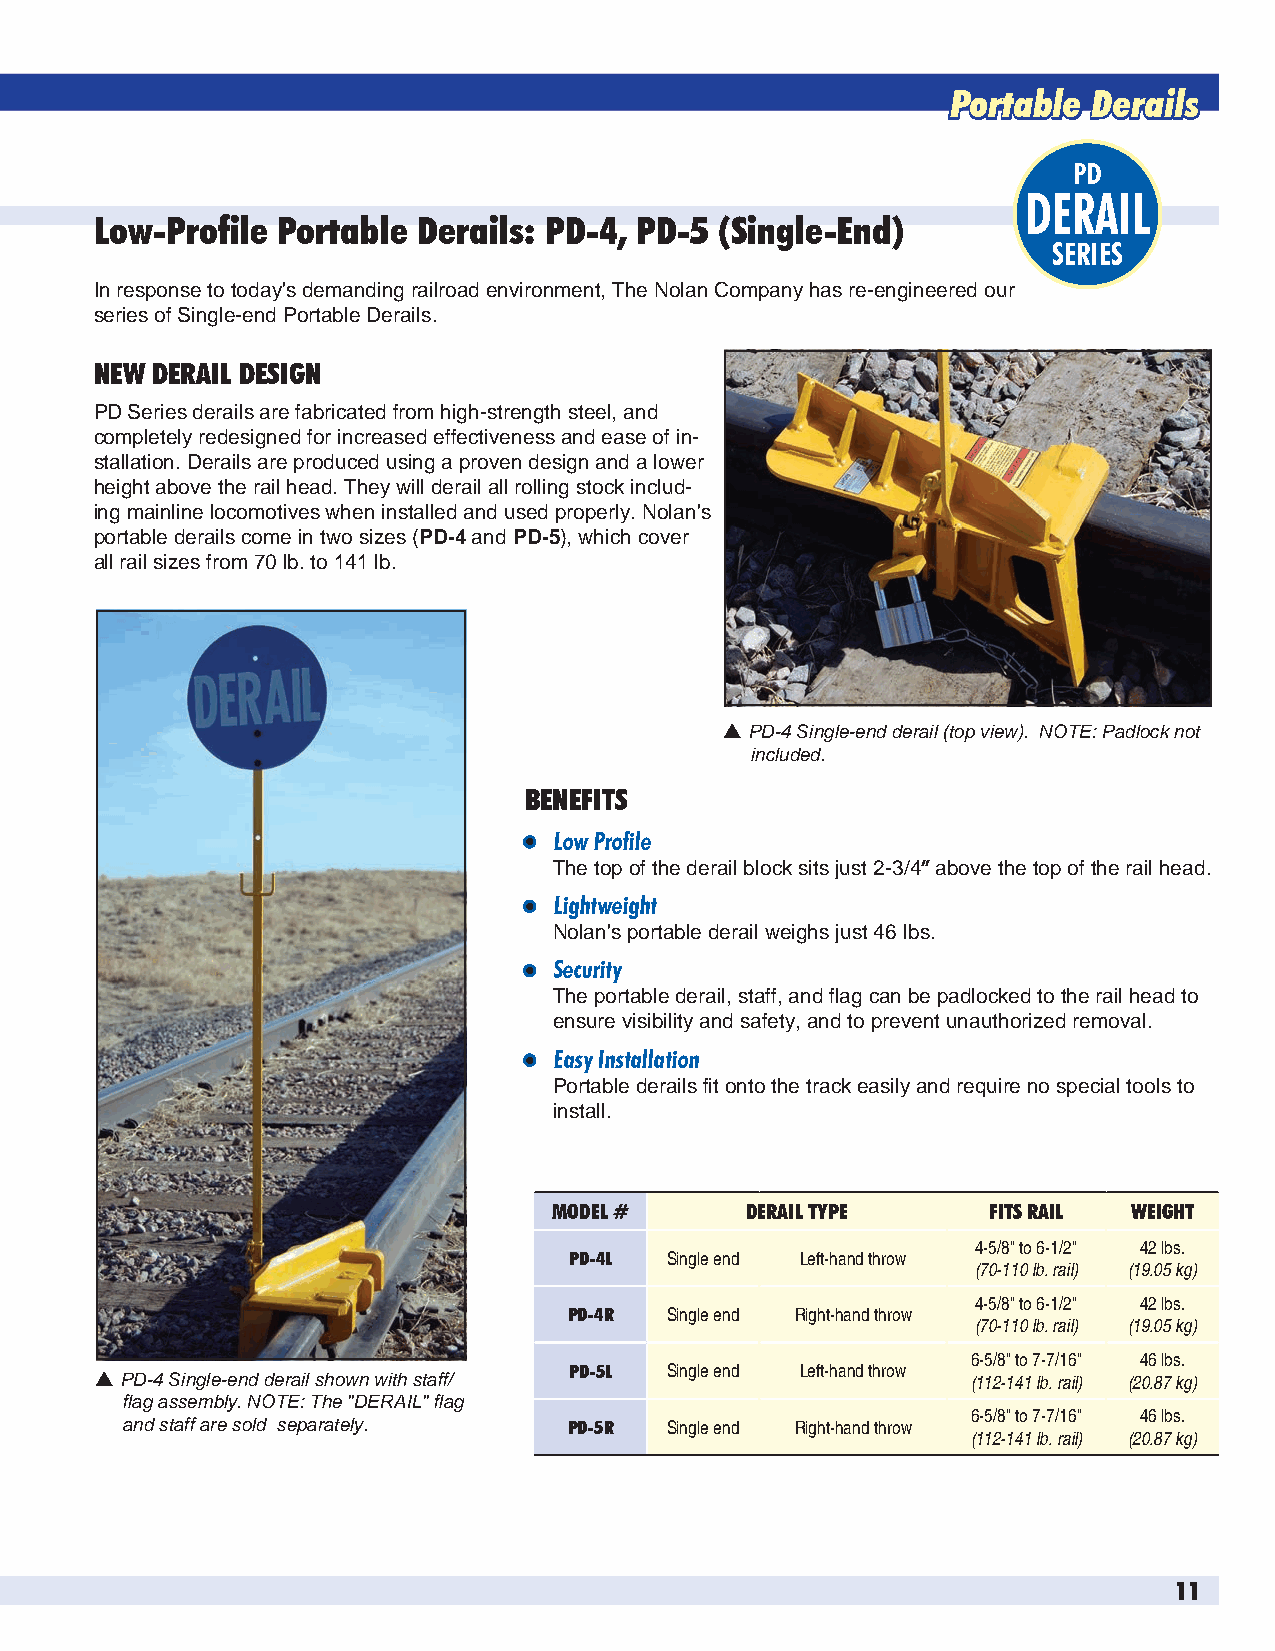
Portable Derails
 PD
 DERAIL
 Low-Profile Portable  Derails: PD-4, PD-5 (Single-End)
 SERIES
 In response to today's demanding railroad environment, The Nolan Company has re-engineered our
 series of Single-end Portable Derails.
 NEW DERAIL DESIGN
 PD Series derails are fabricated from high-strength steel, and
 completely redesigned for increased effectiveness and ease of in-
 stallation. Derails are produced using a proven design and a lower
 height above the rail head. They will derail all rolling stock includ-
 ing mainline locomotives when installed and used properly. Nolan's
 portable derails come in two sizes (PD-4 and PD-5), which cover
 all rail sizes from 70 lb. to 141 lb.
  PD-4 Single-end derail (top view). NOTE: Padlock not
 included.
 BENEFITS
 l Low Profile
 The top of the derail block sits just 2-3/4” above the top of the rail head.
 l Lightweight
 Nolan's portable derail weighs just 46 lbs.
 l Security
 The portable derail, staff, and flag can be padlocked to the rail head to
 ensure visibility and safety, and to prevent unauthorized removal.
 l Easy Installation
 Portable derails fit onto the track easily and require no special tools to
 install.
 MODEL #     DERAIL TYPE     FITS RAIL WEIGHT
 4-5/8" to 6-1/2" 42 lbs.
 PD-4L Single end Left-hand throw
 (70-110 lb. rail) (19.05 kg)
 4-5/8" to 6-1/2" 42 lbs.
 PD-4R Single end Right-hand throw
 (70-110 lb. rail) (19.05 kg)
 6-5/8" to 7-7/16" 46 lbs.
  PD-4 Single-end derail shown with staff/ PD-5L Single end Left-hand throw (112-141 lb. rail) (20.87 kg)
 flag assembly. NOTE: The "DERAIL" flag
 6-5/8" to 7-7/16" 46 lbs.
 and staff are sold separately. PD-5R Single end Right-hand throw
 (112-141 lb. rail) (20.87 kg)
 11